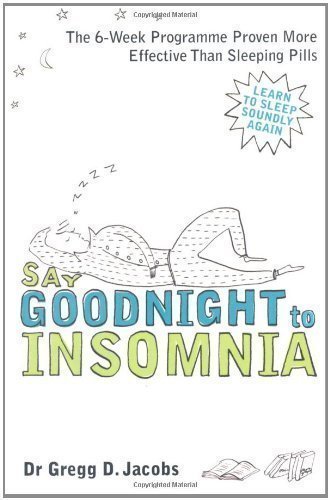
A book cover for Say Goodnight to Insomnia: A Drug-Free Programme Developed at Harvard Medical School by Jacobs, Gregg D. (2009); Education & Teaching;